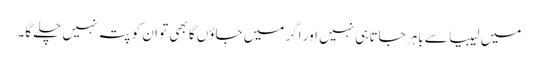
میں لیبیا سے باہر جاتا ہی نہیں اور اگر میں جاؤں گا بھی تو ان کو پتہ نہیں چلے گا۔